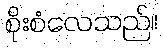
စိုးစံလေသည်။